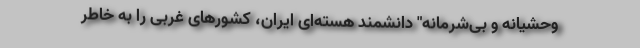
وحشیانه و بی‌شرمانه" دانشمند هسته‌ای ایران، کشورهای غربی را به خاطر